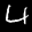
Label: 4